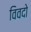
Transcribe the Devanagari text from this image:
विवदो